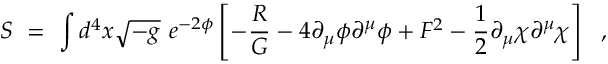
S ~ = ~ \int d ^ { 4 } x \sqrt { - g } ~ e ^ { - 2 \phi } \left[ - \frac { R } { G } - 4 \partial _ { \mu } \phi \partial ^ { \mu } \phi + F ^ { 2 } - \frac { 1 } { 2 } \partial _ { \mu } \chi \partial ^ { \mu } \chi \right] ~ ~ ,